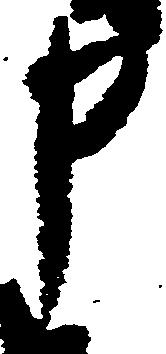
申